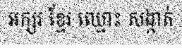
អក្សរ ខ្មែរ ឈ្មោះ សង្កាត់